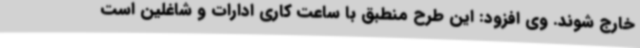
خارج شوند. وی افزود: این طرح منطبق با ساعت کاری ادارات و شاغلین است